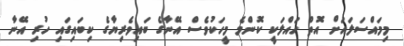
މިމައްސަލައަށް އޮތް ހައްލަކީ ކޮންމެ މީހަކުވެސް އޭނާގެ ބައިވެރިޔާގެ ކިބައިގައި ހުރި އޭނާ